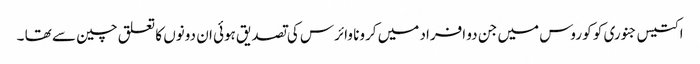
اکتیس جنوری کو کو روس میں جن دو افراد میں کرونا وائرس کی تصدیق ہوئی ان دونوں کا تعلق چین سے تھا ۔